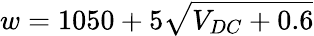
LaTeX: w=1050+5\sqrt{V_{DC}+0.6}